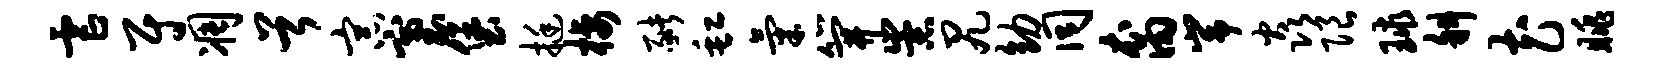
虐尉凋首宗塞堡挺栖猪缸气笄崇尻幼同裔峥焱限球斜花眺